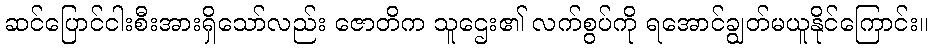
ဆင်ပြောင်ငါးစီးအားရှိသော်လည်း ဇောတိက သူဌေး၏ လက်စွပ်ကို ရအောင်ချွတ်မယူနိုင်ကြောင်း။